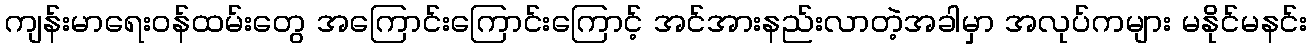
ကျန်းမာရေးဝန်ထမ်းတွေ အကြောင်းကြောင်းကြောင့် အင်အားနည်းလာတဲ့အခါမှာ အလုပ်ကများ မနိုင်မနင်း